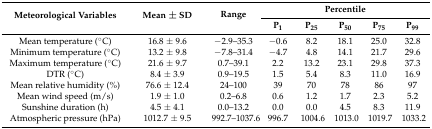
| <ROWSPAN=2> Meteorological Variables | <ROWSPAN=2> Mean ± SD | <ROWSPAN=2> Range | <COLSPAN=5> Percentile |
 | P1 | P25 | P50 | P75 | P99 |
 | --- | --- | --- | --- | --- | --- | --- | --- |
 | Mean temperature (°C) | 16.8 ± 9.6 | −2.9–35.3 | −0.6 | 8.2 | 18.1 | 25.0 | 32.8 |
 | Minimum temperature (°C) | 13.2 ± 9.8 | −7.8–31.4 | −4.7 | 4.8 | 14.1 | 21.7 | 29.6 |
 | Maximum temperature (°C) | 21.6 ± 9.7 | 0.7–39.1 | 2.2 | 13.2 | 23.1 | 29.8 | 37.3 |
 | DTR (°C) | 8.4 ± 3.9 | 0.9–19.5 | 1.5 | 5.4 | 8.3 | 11.0 | 16.9 |
 | Mean relative humidity (%) | 76.6 ± 12.4 | 24–100 | 39 | 70 | 78 | 86 | 97 |
 | Mean wind speed (m/s) | 1.9 ± 1.0 | 0.2–6.8 | 0.6 | 1.2 | 1.7 | 2.3 | 5.2 |
 | Sunshine duration (h) | 4.5 ± 4.1 | 0.0–13.2 | 0.0 | 0.0 | 4.5 | 8.3 | 11.9 |
 | Atmospheric pressure (hPa) | 1012.7 ± 9.5 | 992.7–1037.6 | 996.7 | 1004.6 | 1013.0 | 1019.7 | 1033.2 |